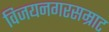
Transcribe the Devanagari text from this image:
विजयनगरसम्राट